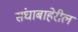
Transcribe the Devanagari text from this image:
संघाबाहेरील